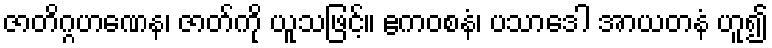
ဇာတိဂ္ဂဟဏေန၊ ဇာတ်ကို ယူသဖြင့်။ ဧကဝစနံ၊ ပသာဒေါ အာယတနံ ဟူ၍